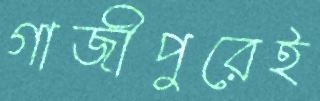
গাজীপুরেই